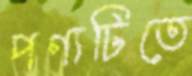
পণ্যটিতে